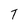
Character: T